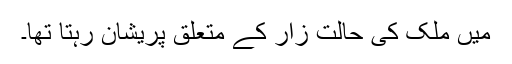
میں ملک کی حالت زار کے متعلق پریشان رہتا تھا۔